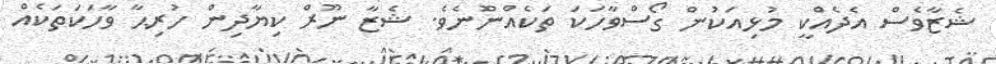
ޝެޒާވެސް އެދެއްކީ މުޅިއަކުން ގޯސްވާހަކަ ތަކެއްނޫެނެވެ. ޝެޒާ ނޫރް ކިޔާދިން ހުރިޙާ ވާހަކަތަކެއް